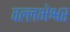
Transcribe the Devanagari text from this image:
वल्लभेश्वर